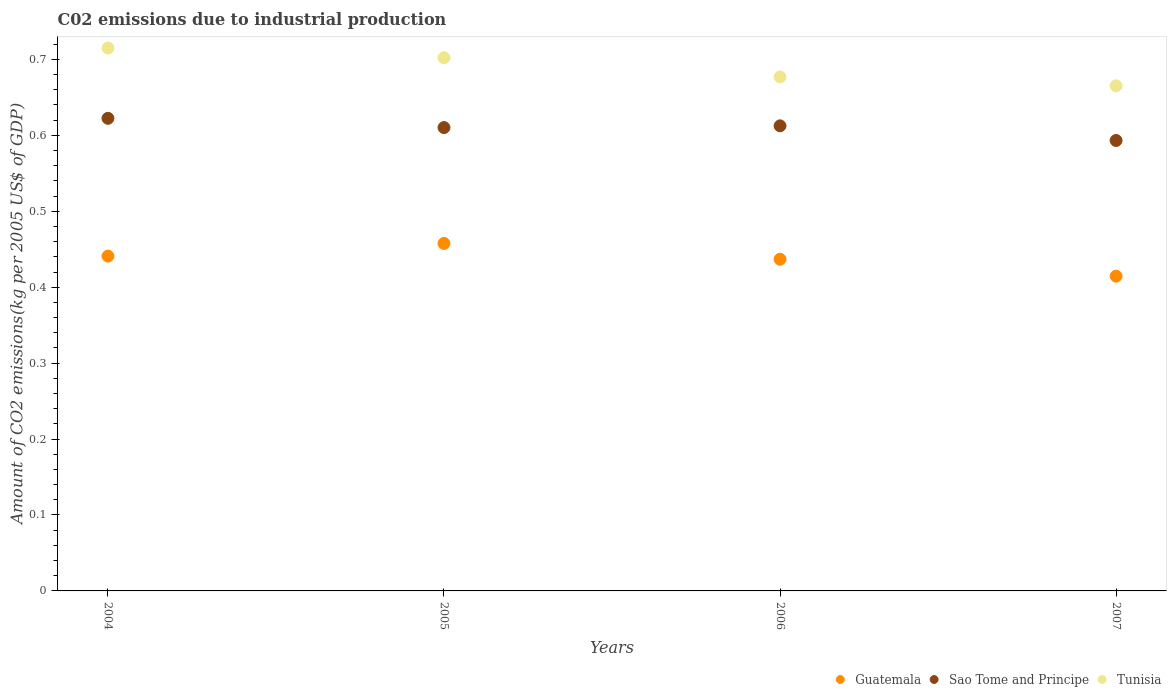
| Years | Guatemala | Sao Tome and Principe | Tunisia |
 | --- | --- | --- | --- |
 | 2004 | 0.441 | 0.622 | 0.715 |
 | 2005 | 0.458 | 0.61 | 0.702 |
 | 2006 | 0.437 | 0.613 | 0.677 |
 | 2007 | 0.415 | 0.593 | 0.665 |